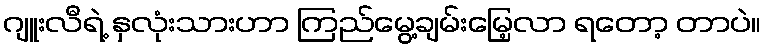
ဂျူးလီရဲ့ နှလုံးသားဟာ ကြည်မွေ့ချမ်းမြေ့လာ ရတော့ တာပဲ။